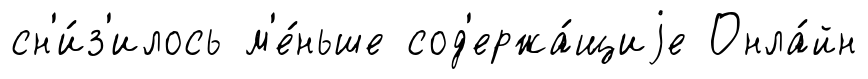
сн'и́з'илось м'е́ньше сод'ержа́щиjе Онла́йн